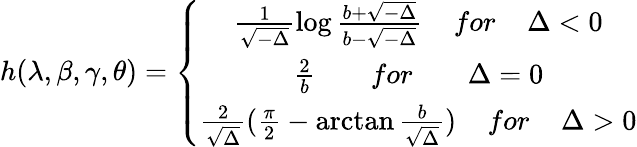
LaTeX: h(\lambda,\beta,\gamma,\theta)=\left\{ \begin{array}{c}{{\frac{1}{\sqrt{-\Delta}}\log\frac{b+\sqrt{-\Delta}}{b-\sqrt{-\Delta}}\; \; \; \; for\; \; \; \; \Delta<0}}\\ {{\frac{2}{b}\; \; \; \; \; \; \; for\; \; \; \; \; \; \; \Delta=0}}\\ {{\frac{2}{\sqrt{\Delta}}(\frac{\pi}{2}-\arctan\frac{b}{\sqrt{\Delta}})\; \; \; \; for\; \; \; \; \Delta>0}}\end{array}\right.